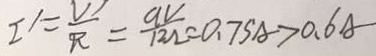
I ^ { \prime } = \frac { V ^ { \prime } } { R } = \frac { 9 V } { 1 2 \Omega } = 0 . 7 5 A > 0 . 6 A